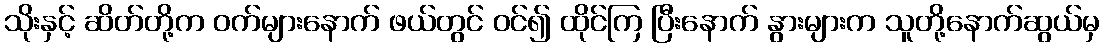
သိုးနှင့် ဆိတ်တို့က ဝက်များနောက် ဖယ်တွင် ဝင်၍ ထိုင်ကြ ပြီးနောက် နွားများက သူတို့နောက်ဆွယ်မှ